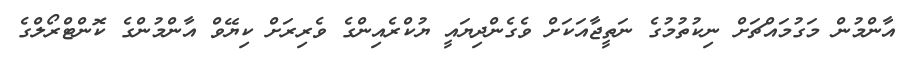
އާންމުން މަގުމައްޗަށް ނިކުތުމުގެ ނަތީޖާއަކަށް ވެގެންދިޔައީ ޔުކްރެއިންގެ ވެރިރަށް ކިޔޭވް އާންމުންގެ ކޮންޓްރޯލްގެ